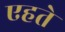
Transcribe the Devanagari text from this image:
एहते